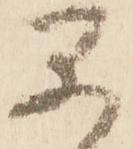
早